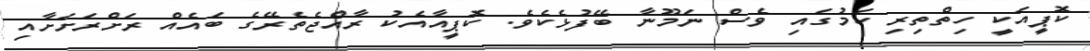
ކޮޕީއަކީ ހިތްތިރި ކަމުގައި ވެސް ނަމޫނާ ބޭފުޅެކެވެ. ކޮޕީއާއެކު ރާއްޖެތެރޭގެ ބައެއް ރަށްރަށަށާއި